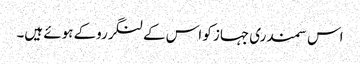
اس سمندری جہاز کو اس کےلنگرروکے ہوئے ہیں۔